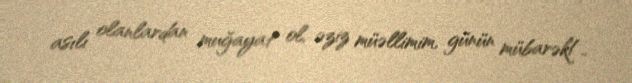
asılı olanlardan muğayat ol, əziz müəllimim, günün mübarək!..